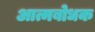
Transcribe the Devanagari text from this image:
आत्मबोधक